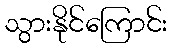
သွားနိုင်ကြောင်း